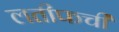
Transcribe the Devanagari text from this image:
लतीफची